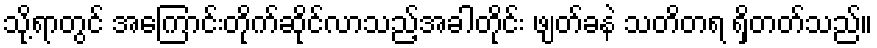
သို့ရာတွင် အကြောင်းတိုက်ဆိုင်လာသည့်အခါတိုင်း ဖျတ်ခနဲ သတိတရ ရှိတတ်သည်။